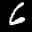
Label: 6